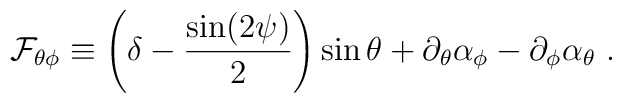
{\cal F}_{\theta\phi} \equiv \left(\delta - {\sin (2\psi) \over 2}\right)\sin\theta + \partial_\theta\alpha_\phi - \partial_\phi\alpha_\theta \ .